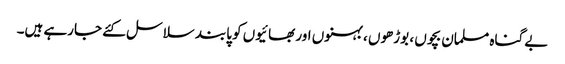
بے گناہ مسلمان بچوں ، بوڑھوں ، بہنوں اور بھائیوں کو پابند سلاسل کئے جارہے ہیں۔